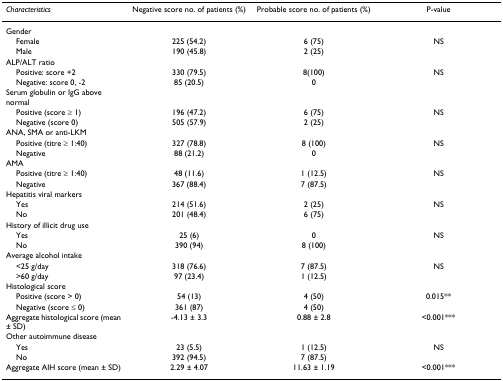
<table><thead><tr><td><b><i>Characteristics</i></b></td><td><b>Negative score no. of patients (%)</b></td><td><b>Probable score no. of patients (%)</b></td><td><b>P-value</b></td></tr></thead><tbody><tr><td>Gender</td><td></td><td></td><td></td></tr><tr><td> Female</td><td>225 (54.2)</td><td>6 (75)</td><td>NS</td></tr><tr><td> Male</td><td>190 (45.8)</td><td>2 (25)</td><td></td></tr><tr><td>ALP/ALT ratio</td><td></td><td></td><td></td></tr><tr><td> Positive: score +2</td><td>330 (79.5)</td><td>8(100)</td><td>NS</td></tr><tr><td> Negative: score 0, -2</td><td>85 (20.5)</td><td>0</td><td></td></tr><tr><td>Serum globulin or IgG above normal</td><td></td><td></td><td></td></tr><tr><td> Positive (score ≥ 1)</td><td>196 (47.2)</td><td>6 (75)</td><td>NS</td></tr><tr><td> Negative (score 0)</td><td>505 (57.9)</td><td>2 (25)</td><td></td></tr><tr><td>ANA, SMA or anti-LKM</td><td></td><td></td><td></td></tr><tr><td> Positive (titre ≥ 1:40)</td><td>327 (78.8)</td><td>8 (100)</td><td>NS</td></tr><tr><td> Negative</td><td>88 (21.2)</td><td>0</td><td></td></tr><tr><td>AMA</td><td></td><td></td><td></td></tr><tr><td> Positive (titre ≥ 1:40)</td><td>48 (11.6)</td><td>1 (12.5)</td><td>NS</td></tr><tr><td> Negative</td><td>367 (88.4)</td><td>7 (87.5)</td><td></td></tr><tr><td>Hepatitis viral markers</td><td></td><td></td><td></td></tr><tr><td> Yes</td><td>214 (51.6)</td><td>2 (25)</td><td>NS</td></tr><tr><td> No</td><td>201 (48.4)</td><td>6 (75)</td><td></td></tr><tr><td>History of illicit drug use</td><td></td><td></td><td></td></tr><tr><td> Yes</td><td>25 (6)</td><td>0</td><td>NS</td></tr><tr><td> No</td><td>390 (94)</td><td>8 (100)</td><td></td></tr><tr><td>Average alcohol intake</td><td></td><td></td><td></td></tr><tr><td> &lt;25 g/day</td><td>318 (76.6)</td><td>7 (87.5)</td><td>NS</td></tr><tr><td> &gt;60 g/day</td><td>97 (23.4)</td><td>1 (12.5)</td><td></td></tr><tr><td>Histological score</td><td></td><td></td><td></td></tr><tr><td> Positive (score &gt; 0)</td><td>54 (13)</td><td>4 (50)</td><td>0.015**</td></tr><tr><td> Negative (score ≤ 0)</td><td>361 (87)</td><td>4 (50)</td><td></td></tr><tr><td>Aggregate histological score (mean ± SD)</td><td>-4.13 ± 3.3</td><td>0.88 ± 2.8</td><td>&lt;0.001***</td></tr><tr><td>Other autoimmune disease</td><td></td><td></td><td></td></tr><tr><td> Yes</td><td>23 (5.5)</td><td>1 (12.5)</td><td>NS</td></tr><tr><td> No</td><td>392 (94.5)</td><td>7 (87.5)</td><td></td></tr><tr><td>Aggregate AIH score (mean ± SD)</td><td>2.29 ± 4.07</td><td>11.63 ± 1.19</td><td>&lt;0.001***</td></tr></tbody></table>